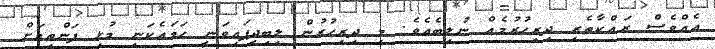
އެއްވެސް ރައްކާތެރި ދިރިހުރުމެއް ނުލިބެއެވެ. މި ދިރިހުރުން ލިބިދީފައިވަނީ ހަމައެކަނި މުޅި ފަންތިއަށް